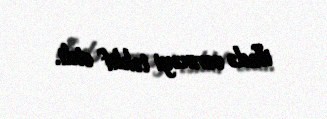
ifadə verməyi təklif etdi.